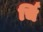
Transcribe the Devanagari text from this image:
र्चि